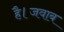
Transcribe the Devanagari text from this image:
है।जवाब